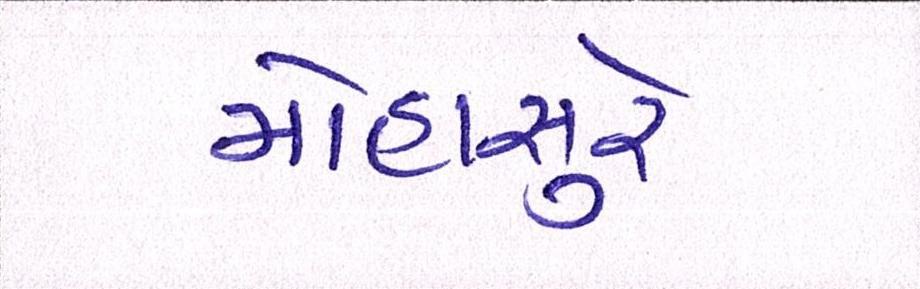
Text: મોહાસુરે